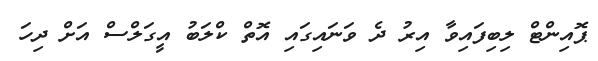
ޕޮއިންޓް ލިބިފައިވާ އިރު ދެ ވަނައިގައި އޮތް ކްލަބު އީގަލްސް އަށް ދިހަ